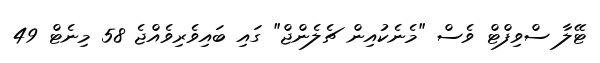
ޓޭލާ ސްވިފްޓް ވެސް "މެނެކުއިން ޗެލެންޖް" ގައި ބައިވެރިވެއްޖެ 58 މިނެޓް 49